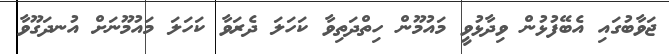
ޖަވާބުގައި އެބޭފުޅުން ވިދާޅުވީ މައުމޫން ހިތްދަތިވާ ކަހަލަ ދެރަވާ ކަހަލަ މައުމޫނަށް އުނދަގޫވާ